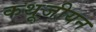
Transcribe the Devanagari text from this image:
कथूजीयन